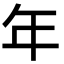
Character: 年